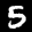
Label: 5